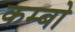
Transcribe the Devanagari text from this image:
कम्बो